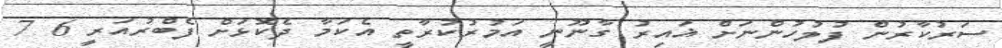
ސަރުކާރުން ފުލުހުންނަށް ޣައިރު ގާނޫނީ އަމުރުކުރާތީ އެކަމާ ދެކޮޅަށް ފެބްރުއަރީ 6 7